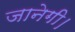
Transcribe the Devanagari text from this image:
जानेगी।